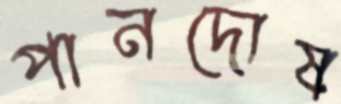
পানদোষ